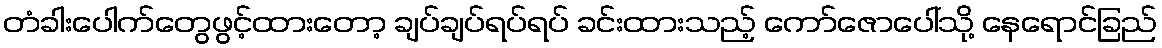
တံခါးပေါက်တွေဖွင့်ထားတော့ ချပ်ချပ်ရပ်ရပ် ခင်းထားသည့် ကော်ဇောပေါ်သို့ နေရောင်ခြည်